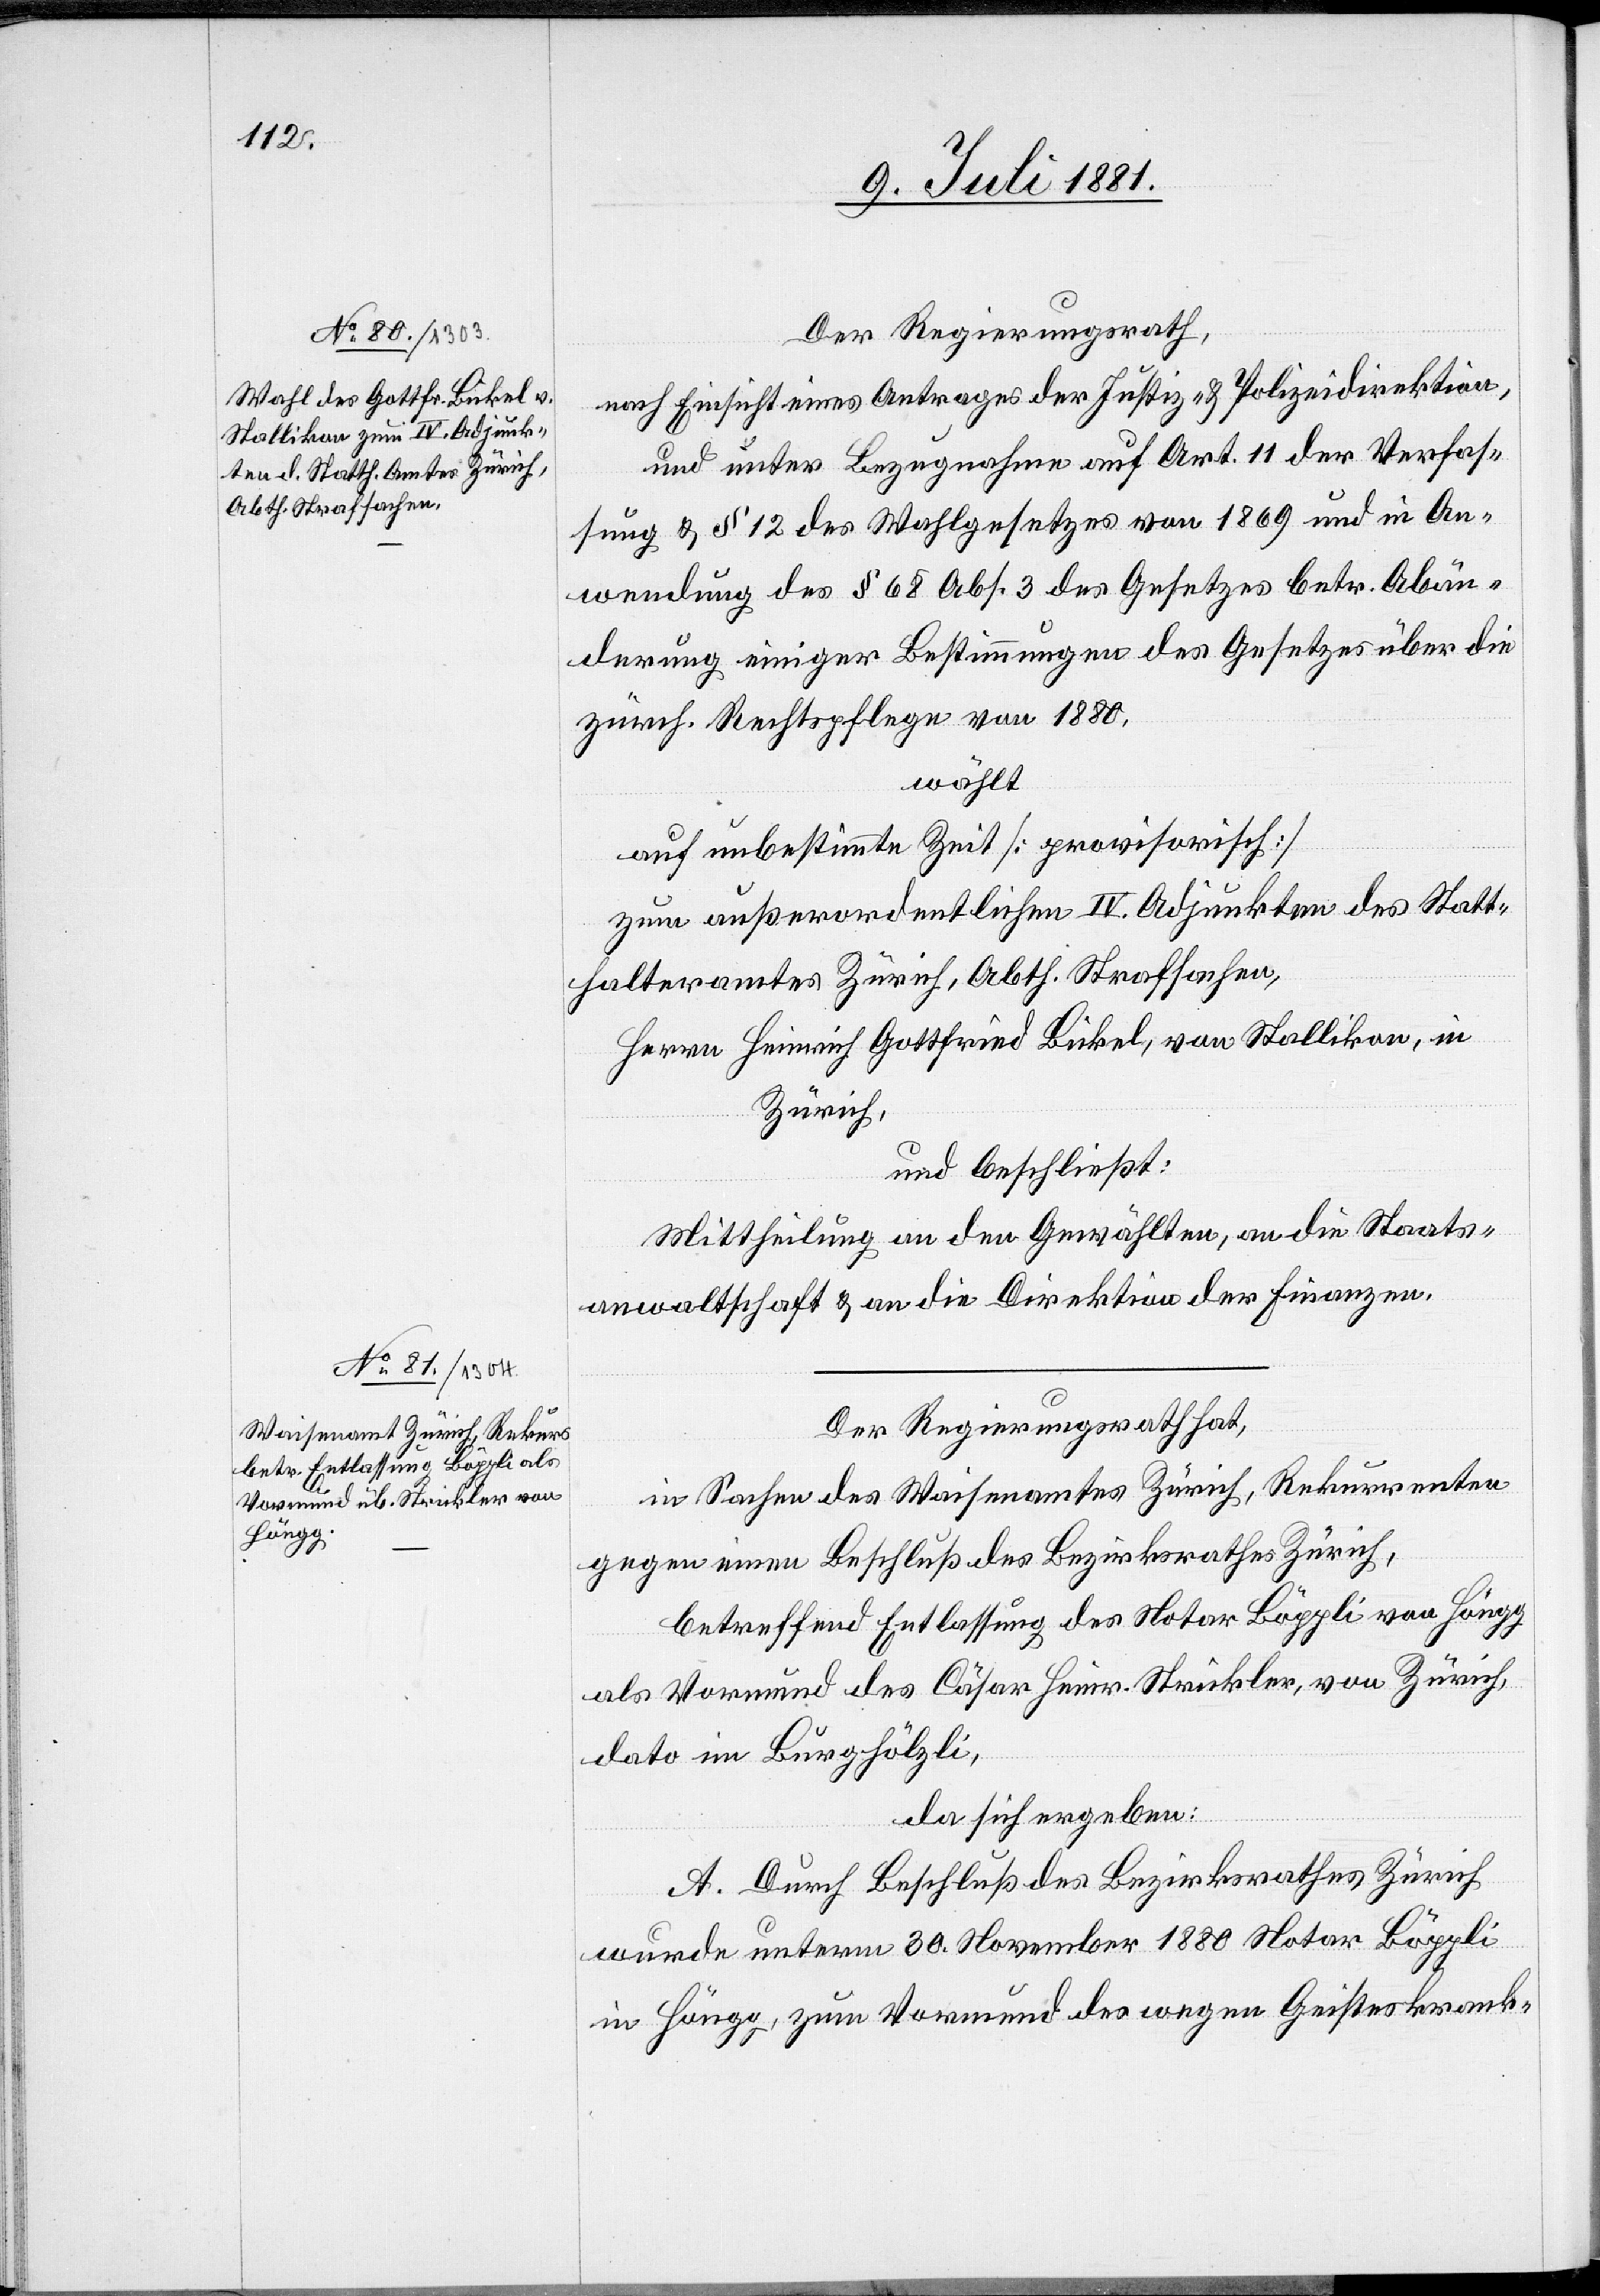
Der Regierungsrath,
nach Einsicht eines Antrages der Justiz- & Polizeidirektion,
und unter Bezugnahme auf Art. 11 der Verfas¬
sung & § 12 des Wahlgesetzes von 1869 und in An¬
wendung des § 68 Abs. 3 des Gesetzes betr. Abän¬
derung einiger Bestimmungen des Gesetzes über die
zürch. Rechtspflege von 1880.
wählt
auf unbestimmte Zeit [provisorisch]
zum außerordentlichen IV. Adjunkten des Statt¬
halteramtes Zürich, Abth. Strafsachen,
Herrn Heinrich Gottfried Bukel, von Stallikon, in
Zürich,
und beschließt:
Mittheilung an den Gewählten, an die Staats¬
anwaltschaft & an die Direktion der Finanzen.
Der Regierungsrath hat,
in Sachen des Waisenamtes Zürich, Rekurrenten
gegen einen Beschluß des Bezirksrathes Zürich,
betreffend Entlassung des Notar Böppli von Höngg
als Vormund des Cäsar Heinr. Strickler, von Zürich,
dato im Burghölzli,
da sich ergeben:
A. Durch Beschluß des Bezirksrathes Zürich
wurde unterm 30. November 1880 Notar Böppli
in Höngg, zum Vormund des wegen Geisteskrank-